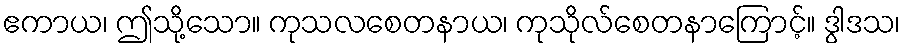
ဧကာယ၊ ဤသို့သော။ ကုသလစေတနာယ၊ ကုသိုလ်စေတနာကြောင့်။ ဒွါဒသ၊